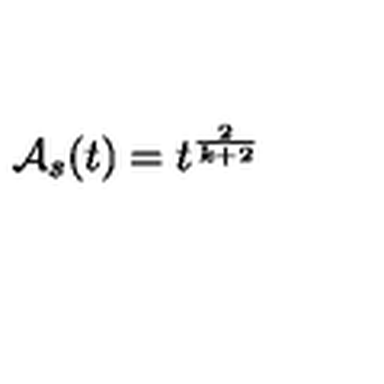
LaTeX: { \cal A } _ { s } ( t ) = t ^ { \frac { 2 } { k + 2 } }